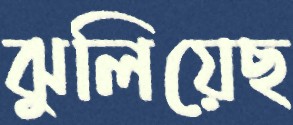
ঝুলিয়েছ